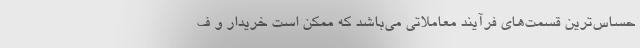
حساس‌ترین قسمت‌های فرآیند معاملاتی می‌باشد که ممکن است خریدار و ف